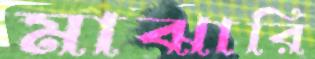
মাঝারি